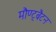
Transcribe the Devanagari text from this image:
मौण्ट्बैटन